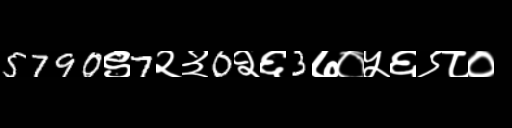
Text: 5790९7२३0२६3७०५६९८०